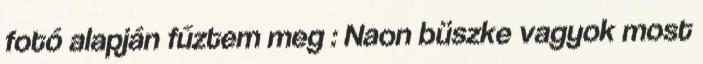
fotó alapján fűztem meg : Naon büszke vagyok most